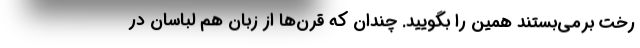
رخت برمی‌بستند همین را بگویید. چندان که قرن‌ها از زبان هم لباسان در